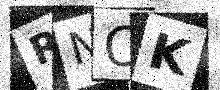
Text: RNOK